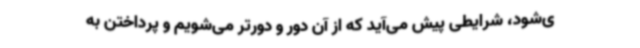
ی‌شود، شرایطی پیش می‌آید که از آن دور و دورتر می‌شویم و پرداختن به